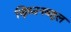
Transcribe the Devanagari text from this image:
ख्रिश्चनबहुल